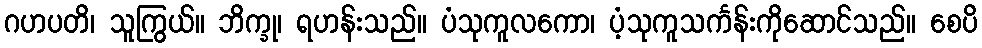
ဂဟပတိ၊ သူကြွယ်။ ဘိက္ခု၊ ရဟန်းသည်။ ပံသုကူလကော၊ ပံ့သုကူသင်္ကန်းကိုဆောင်သည်။ စေပိ